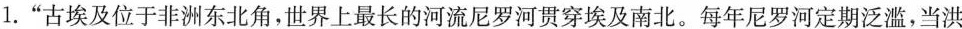
1.”古埃及位于非洲东北角，世界上最长的河流尼罗河贯穿埃及南北。每年尼罗河定期泛滥，当洪